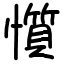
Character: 懫